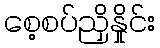
စေ့စပ်ညှိနှိုင်း